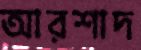
আরশাদ